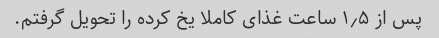
پس از ۱٫۵ ساعت غذای کاملا یخ کرده را تحویل گرفتم.